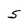
Character: S